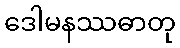
ဒေါမနဿဓာတု